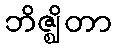
ဘိဇ္ဈိတာ